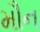
મૌન